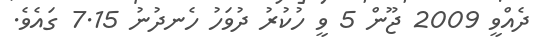
ދެއްވީ 2009 ޖޫން 5 ވީ ހުކުރު ދުވަހު ހެނދުނު 7.15 ގައެވެ.